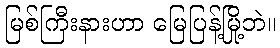
မြစ်ကြီးနားဟာ မြေပြန့်မြို့ဘဲ။